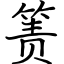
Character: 箦